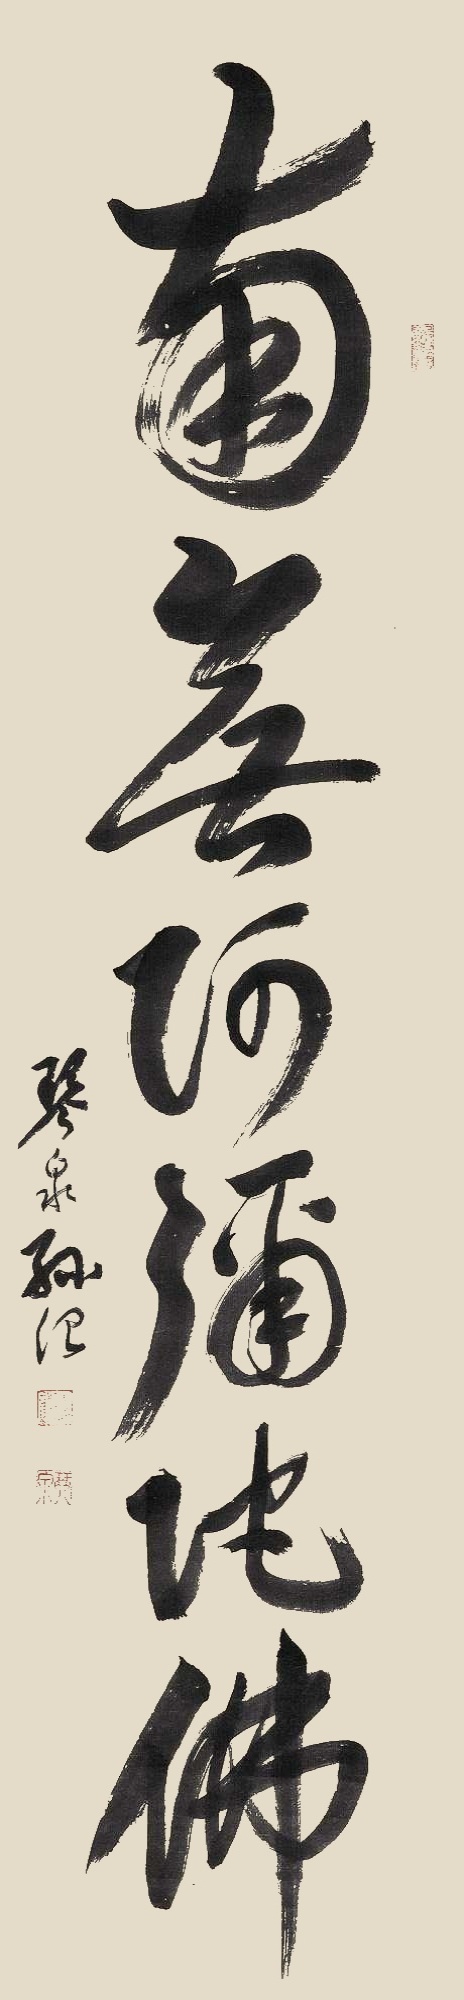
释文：南无阿弥陀佛。琴泉孙治。